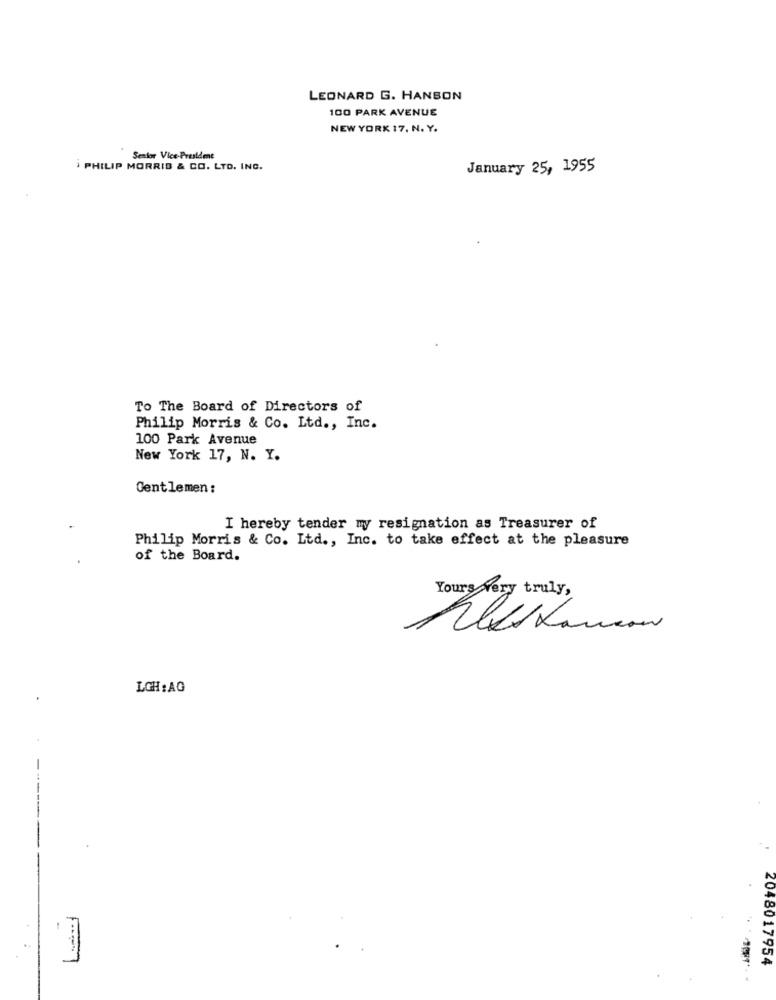
LEONARD G. HANSON
100 PARK AVENUE
NEW YORK 17, N. Y.
Senior Vice President
i PHILIP MORRIS & CO. LTD. INC.
January 25, 1955
To The Board of Directors of
Philip Morris & Co. Ltd ., Inc.
100 Park Avenue
New York 17, N. Y.
Gentlemen :
I hereby tender my resignation as Treasurer of
Philip Morris & Co. Ltd ., Inc. to take effect at the pleasure
of the Board.
Yours very truly,
LGH :AG
2048017954